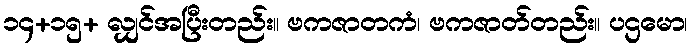
၁၄+၁၅+ လျှင်အပြီးတည်း။ ဗကဇာတကံ၊ ဗကဇာတ်တည်း။ ပဌမော၊